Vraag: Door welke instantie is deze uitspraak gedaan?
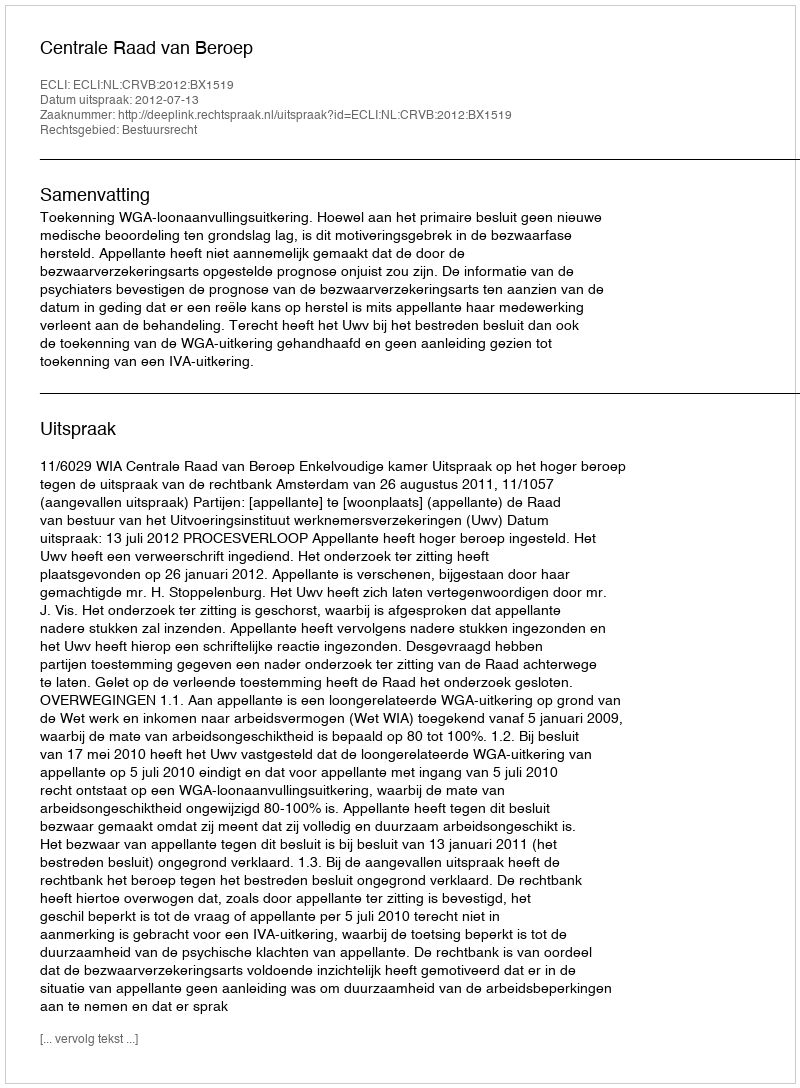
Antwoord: Centrale Raad van Beroep